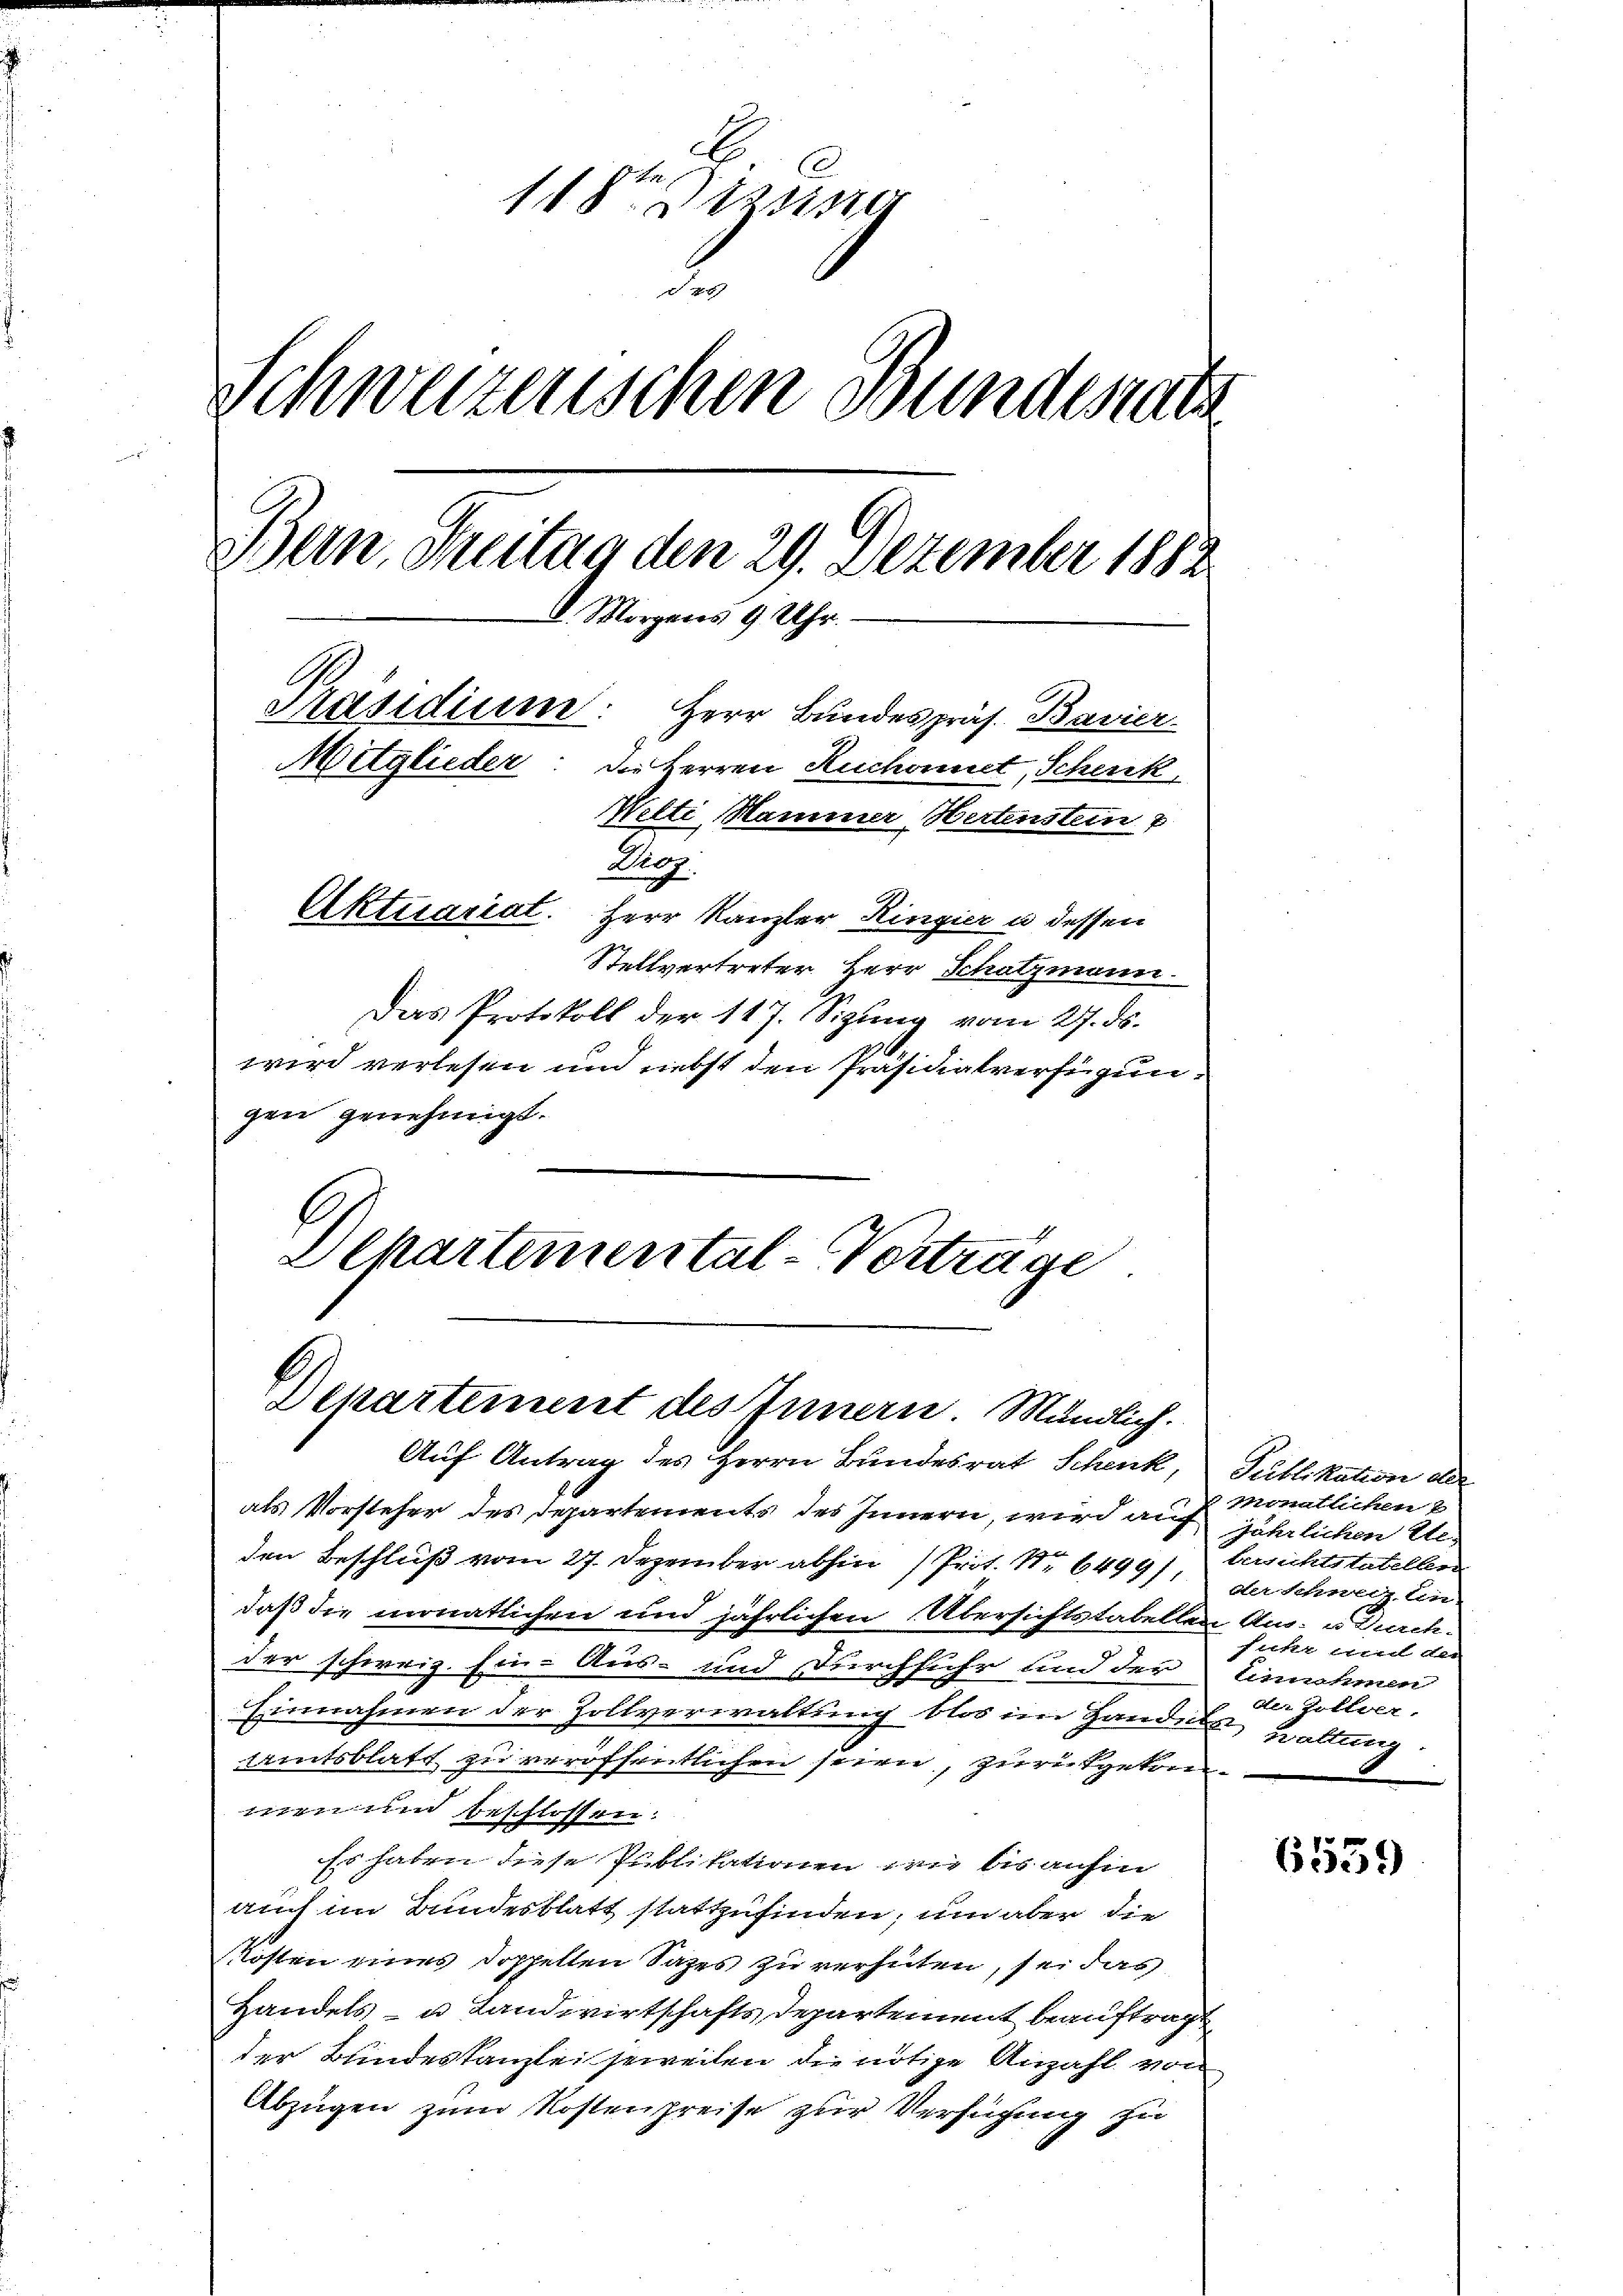
118te Sizung
des
Schweizerischen Bundesrats
Bern, Freitag den 29. Dezember 1882
Morgens 9 Uhr.
Präsidium
Herr Bundespräs. Bavier

Mitglieder
die Herren Ruchomet, Schenk
Welti Hammer Hertenstein &
Droz.
Aktuariat.
Herr Kanzler Ringier u dessen
Stellvertreter Herr Schatzmann.
Das Protokoll der 117. Sigŭng vom 27. ds.
wird verlesen und nebst den Präsidialverfügun

gen genehmigt.
Departemental-Vorträge

Departement des Innern. Mündlich.
Auf Antrag des Herrn Bundesrat Schenk,

als Vorsteher des Departements des Innern, wird auf
den Beschluß vom 27. Dezember abhin (Prot. Nr. 6499,
daß die monatlichen und jährlichen Übersichtstabelle
der schweiz. Ein- Aus- und durchfuhr und der
Einnahmen der Zollverwaltung blos im Handeln
amtsblatt zu veröffentlichen seien, zurükgekom-
men und beschlossen:
Es haben diese Publikationen, wie bis anhin
auch im Bundesblatt stattzufinden, um aber die
Kosten eines doppellen Sages zu verhüten, sei das
Handels- u Landwirtschafts Departement beauftragt
der Bundeskanzlei jeweilen die nötige Anzahl von
Abzügen zum Kostenpreise zur Verfügung zu

Publikation der
Monatlichen
jährlichen Ue¬
Versichts tabellen
der Schweiz. Ein-
Aus. u. Durch
fuhr mit der
Eisnehmen
dter Gottver.
waltung

6559